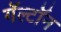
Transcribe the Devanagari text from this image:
गॅल्टॉन